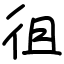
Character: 徂